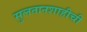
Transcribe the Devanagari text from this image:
सुलतानशाहीची